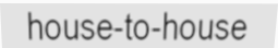
house-to-house